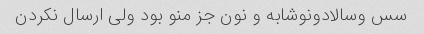
سس وسالادونوشابه و نون جز منو بود ولی ارسال نکردن